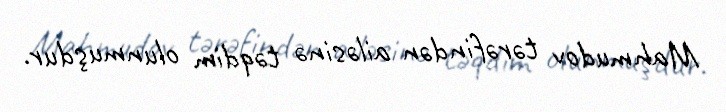
Mahmudov tərəfindən ailəsinə təqdim olunmuşdur.